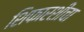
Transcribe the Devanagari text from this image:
शिफारशींचा